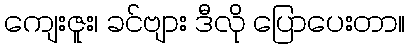
ကျေးဇူး၊ ခင်ဗျား ဒီလို ပြောပေးတာ။